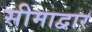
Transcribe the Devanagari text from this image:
सीमाद्वार